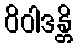
ဝိဝါဒန္တိ